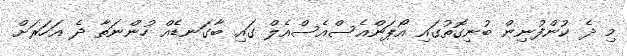
މި ދެ ކުންފުނިން ބުނިގޮތުގައި އޯޕަންއެސްއެސްއެލް ގައި ބާގަނޑެއް ހުންނަތާ ދެ އަހަރަށް